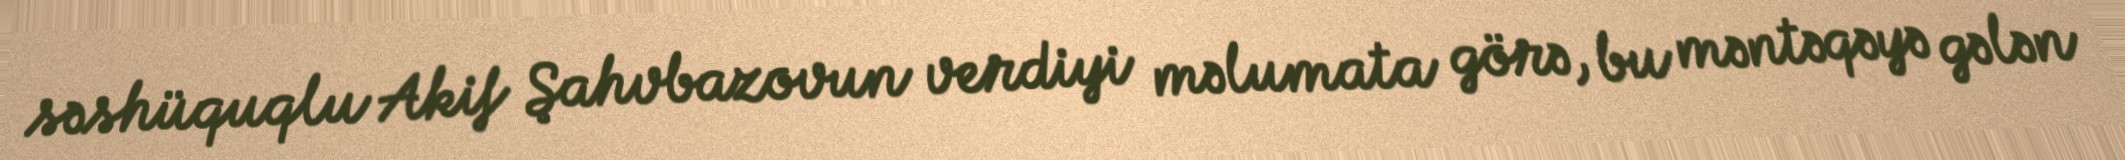
səshüquqlu Akif Şahvbazovun verdiyi məlumata görə, bu məntəqəyə gələn